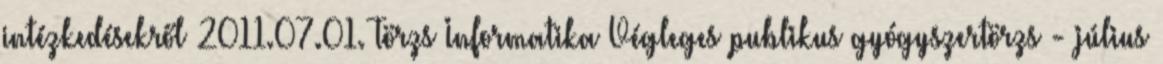
intézkedésekről 2011.07.01. Törzs Informatika Végleges publikus gyógyszertörzs - július